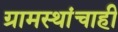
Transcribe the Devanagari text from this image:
ग्रामस्थांचाही